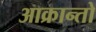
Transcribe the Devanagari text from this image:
आक्रान्तो